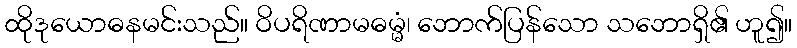
ထိုဒုယောဓနမင်းသည်။ ဝိပရိဏာမဓမ္မံ၊ ဘောက်ပြန်သော သဘောရှိ၏ ဟူ၍။